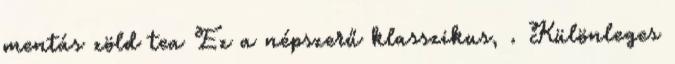
mentás zöld tea Ez a népszerű klasszikus, . Különleges